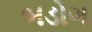
બડોગ